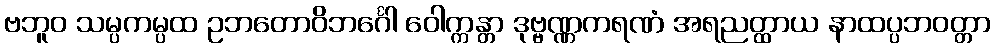
ဗဘူဝ သမ္ပကမ္ပထ ဥဘတောဝိဘင်္ဂေါ ဝေါက္ကန္တာ ဒုဗ္ဗဏ္ဏကရဏံ အရညတ္ထာယ နာထပ္ပဘဝတ္တာ